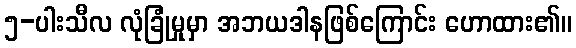
၅-ပါးသီလ လုံခြုံမှုမှာ အဘယဒါနဖြစ်ကြောင်း ဟောထား၏။